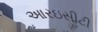
આરઇસીટી